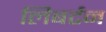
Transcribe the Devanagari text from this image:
लिबर्टन